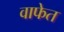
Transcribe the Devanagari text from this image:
वाफेत